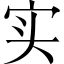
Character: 实